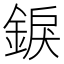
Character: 錑